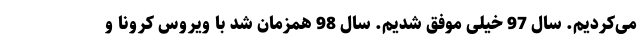
می‌کردیم. سال 97 خیلی موفق شدیم. سال 98 همزمان شد با ویروس کرونا و